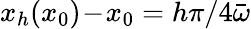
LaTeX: x_{h}(x_{0})\! -\! x_{0}=h\pi/4{\bar{\omega}}